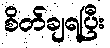
စိတ်ချရပြီး